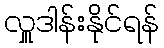
လှူဒါန်းနိုင်ရန်